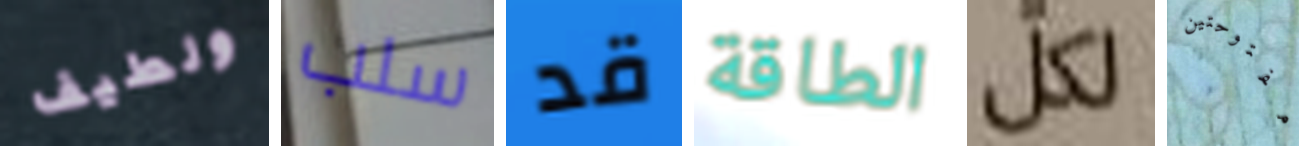
ولطيف سلب قد الطاقة لكل مفتوحتين